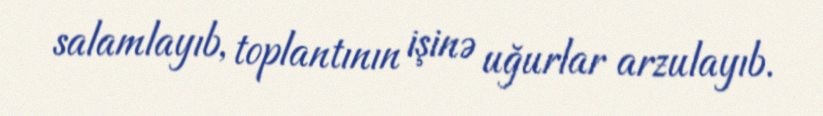
salamlayıb, toplantının işinə uğurlar arzulayıb.